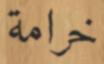
خرامة